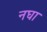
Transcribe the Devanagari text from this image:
नघा